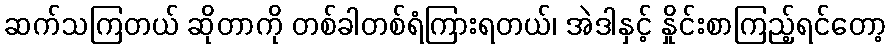
ဆက်သကြတယ် ဆိုတာကို တစ်ခါတစ်ရံကြားရတယ်၊ အဲဒါနှင့် နှိုင်းစာကြည့်ရင်တော့